Vaccination report Assam 1874-1896 - 1874-1896
Year: 1874
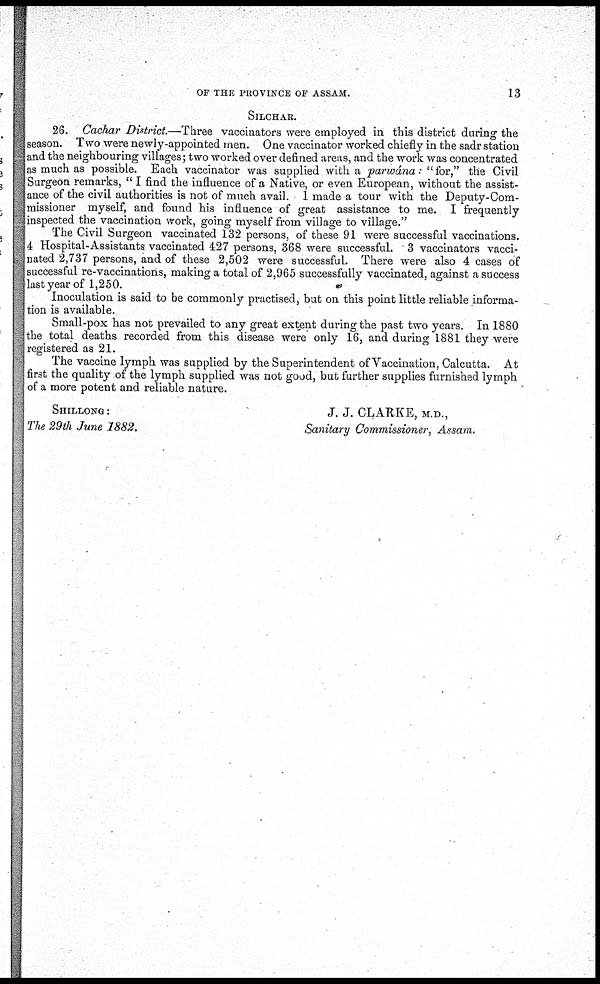
OF THE PROVINCE OF ASSAM.
13
SILCHAR.
26. Cachar District.—Three vaccinators were employed in this district during the
season. Two were newly-appointed men. One vaccinator worked chiefly in the sadr station
and the neighbouring villages; two worked over defined areas, and the work was concentrated
as much as possible. Each vaccinator was supplied with a parwána: " for," the Civil
Surgeon remarks, " I find the influence of a Native, or even European, without the assist-
ance of the civil authorities is not of much avail. I made a tour with the Deputy-Com-
missioner myself, and found his influence of great assistance to me. I frequently
inspected the vaccination work, going myself from village to village."
The Civil Surgeon vaccinated 132 persons, of these 91 were successful vaccinations.
4 Hospital-Assistants vaccinated 427 persons, 368 were successful. 3 vaccinators vacci-
nated 2,737 persons, and of these 2,502 were successful. There were also 4 cases of
successful re-vaccinations, making a total of 2,965 successfully vaccinated, against a success
last year of 1,250.
Inoculation is said to be commonly practised, but on this point little reliable informa-
tion is available.
Small-pox has not prevailed to any great extent during the past two years. In 1880
the total deaths recorded from this disease were only 16, and during 1881 they were
registered as 21.
The vaccine lymph was supplied by the Superintendent of Vaccination, Calcutta. At
first the quality of the lymph supplied was not good, but further supplies furnished lymph
of a more potent and reliable nature.
SHILLONG:
J. J. CLARKE, M.D.,
The 29th June 1882.
Sanitary Commissioner, Assam.